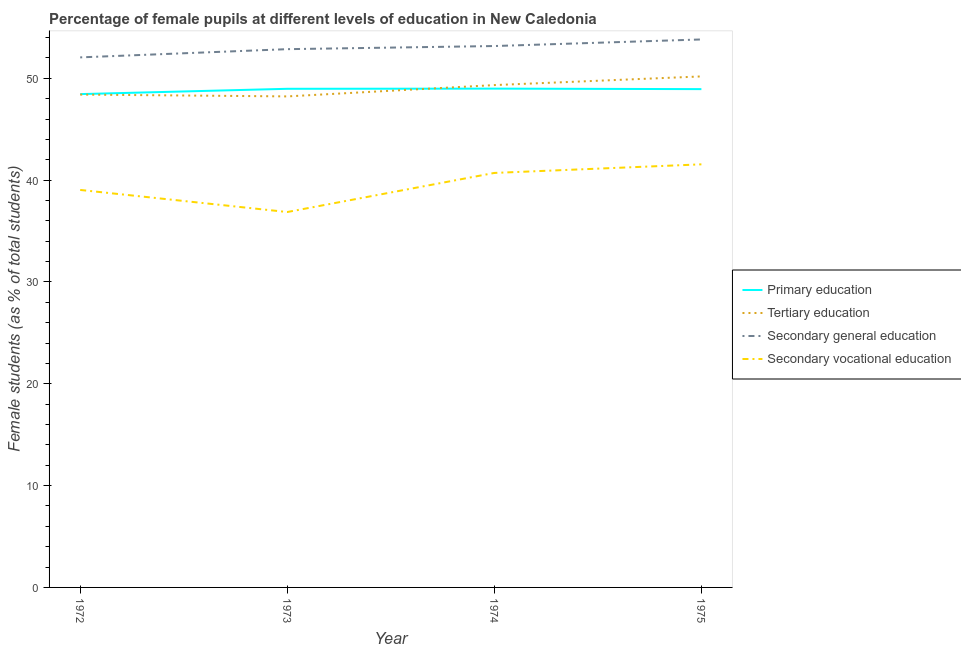
| Year | Primary education | Tertiary education | Secondary general education | Secondary vocational education |
 | --- | --- | --- | --- | --- |
 | 1972 | 48.5 | 48.4 | 52.1 | 39 |
 | 1973 | 49 | 48.2 | 52.9 | 36.9 |
 | 1974 | 49 | 49.3 | 53.2 | 40.7 |
 | 1975 | 48.9 | 50.2 | 53.8 | 41.6 |